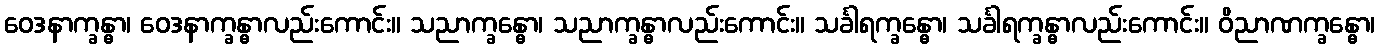
ဝေဒနာက္ခန္ဓာ၊ ဝေဒနာက္ခန္ဓာလည်းကောင်း။ သညာက္ခန္ဓော၊ သညာက္ခန္ဓာလည်းကောင်း။ သင်္ခါရက္ခန္ဓော၊ သင်္ခါရက္ခန္ဓာလည်းကောင်း။ ဝိညာဏက္ခန္ဓော၊